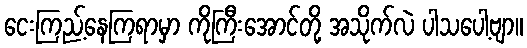
ငေးကြည့်နေကြရာမှာ ကိုကြီးအောင်တို့ အသိုက်လဲ ပါသပေါ့ဗျာ။